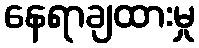
နေရာချထားမှု